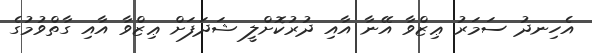
އެހިނދު ސަމަރު ޢިޒްވާ އޭނާ އާއި ދުރުކޮށްލީ ޝަދަފަށް ޢިޒްވާ އާއި ގާތްވުމުގެ